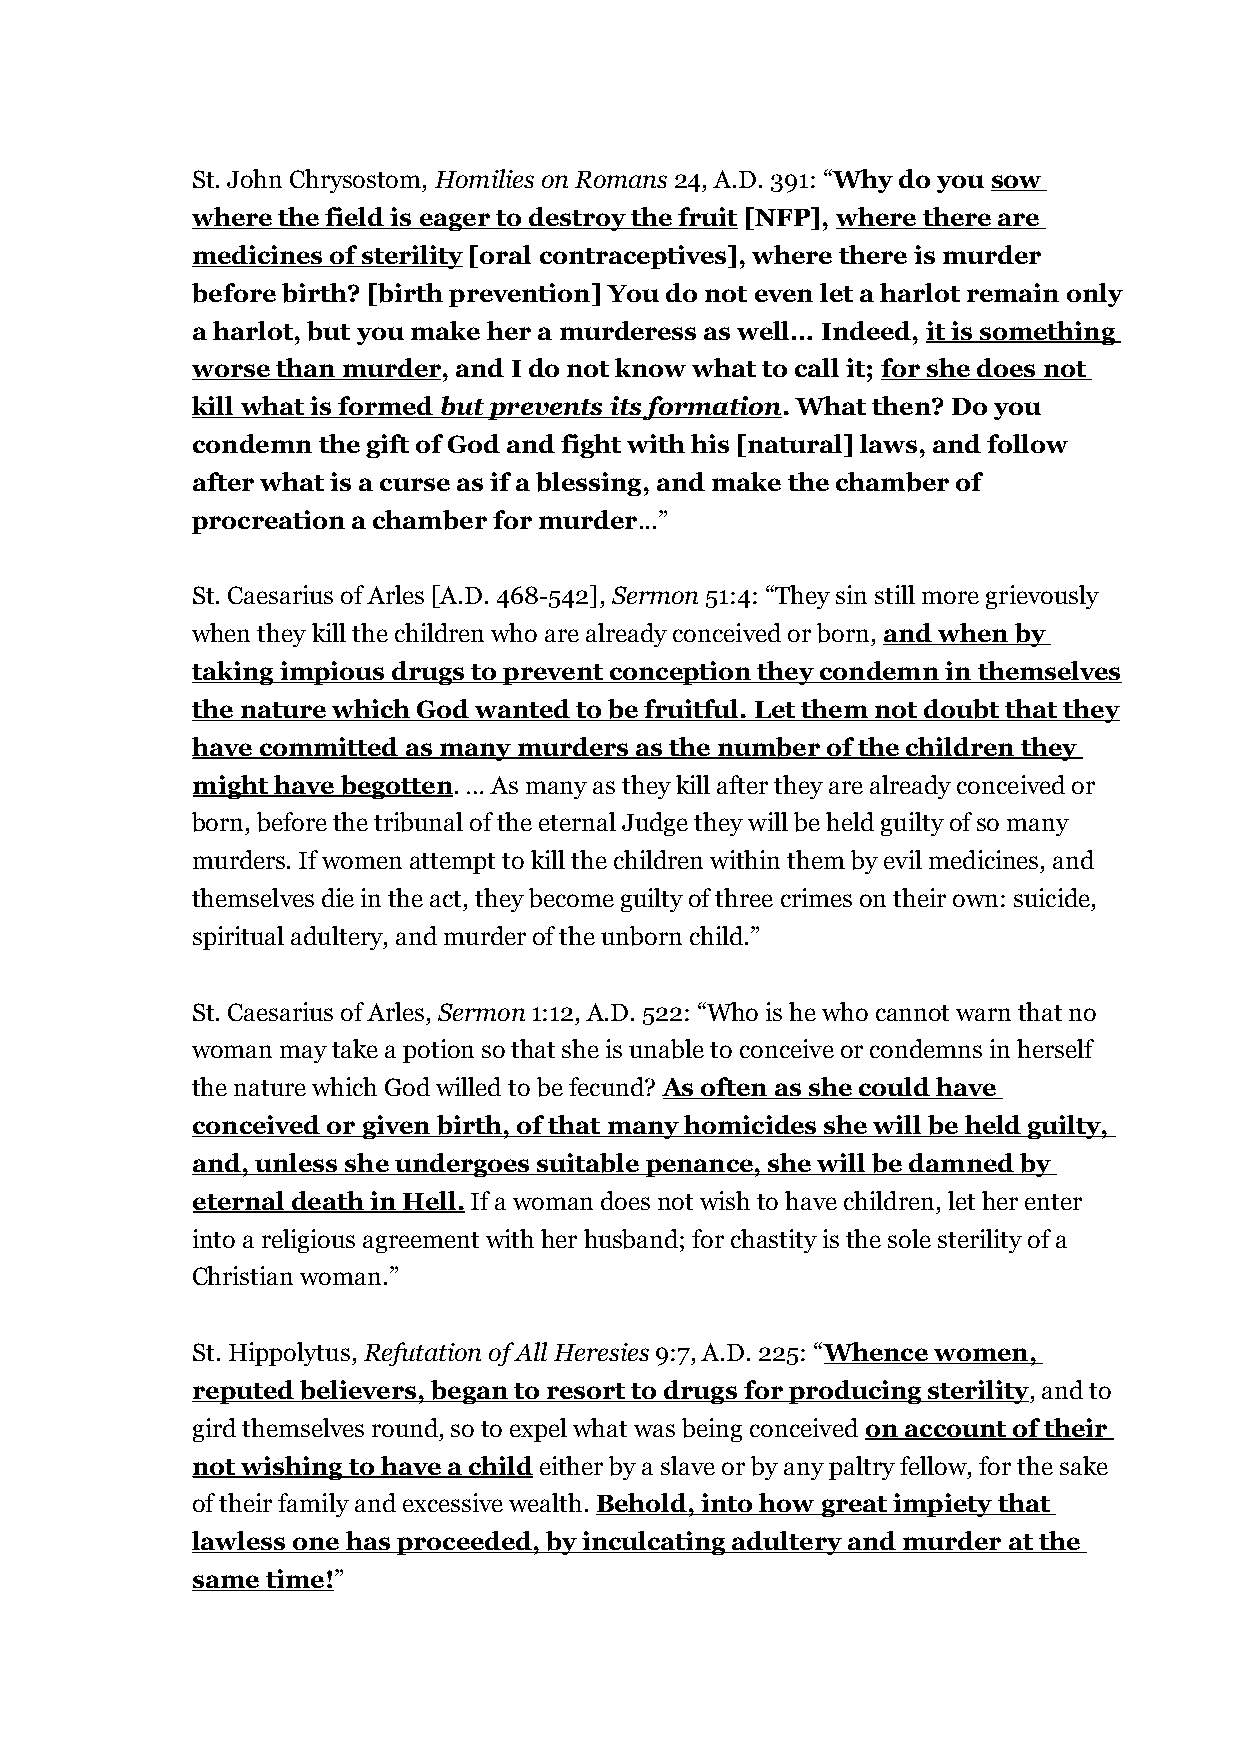
St. John Chrysostom, Homilies on Romans 24, A.D. 391: “Why do you sow
 where the field is eager to destroy the fruit [NFP], where there are
 medicines of sterility [oral contraceptives], where there is murder
 before birth? [birth prevention] You do not even let a harlot remain only
 a harlot, but you make her a murderess as well… Indeed, it is something
 worse than murder, and I do not know what to call it; for she does not
 kill what is formed but prevents its formation . What then? Do you
 condemn the gift of God and fight with his [natural] laws, and follow
 after what is a curse as if a blessing, and make the chamber of
 procreation a chamber for murder...”
 St. Caesarius of Arles [A.D. 468-542], Sermon 51:4: “They sin still more grievously
 when they kill the children who are already conceived or born, and when by
 taking impious drugs to prevent conception they condemn in themselves
 the nature which God wanted to be fruitful. Let them not doubt that they
 have committed as many murders as the number of the children they
 might have begotten. … As many as they kill after they are already conceived or
 born, before the tribunal of the eternal Judge they will be held guilty of so many
 murders. If women attempt to kill the children within them by evil medicines, and
 themselves die in the act, they become guilty of three crimes on their own: suicide,
 spiritual adultery, and murder of the unborn child.”
 St. Caesarius of Arles, Sermon 1:12, A.D. 522: “Who is he who cannot warn that no
 woman may take a potion so that she is unable to conceive or condemns in herself
 the nature which God willed to be fecund? As often as she could have
 conceived or given birth, of that many homicides she will be held guilty,
 and, unless she undergoes suitable penance, she will be damned by
 eternal death in Hell. If a woman does not wish to have children, let her enter
 into a religious agreement with her husband; for chastity is the sole sterility of a
 Christian woman.”
 St. Hippolytus, Refutation of All Heresies 9:7, A.D. 225: “Whence women,
 reputed believers, began to resort to drugs for producing sterility, and to
 gird themselves round, so to expel what was being conceived on account of their
 not wishing to have a child either by a slave or by any paltry fellow, for the sake
 of their family and excessive wealth. Behold, into how great impiety that
 lawless one has proceeded, by inculcating adultery and murder at the
 same time!”